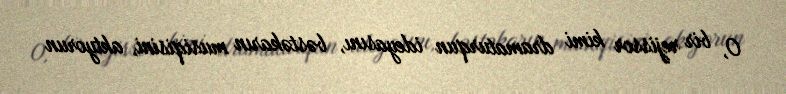
O, bir rejissor kimi dramaturqun ideyasını, bəstəkarın musiqisini, aktyorun